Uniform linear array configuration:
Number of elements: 12
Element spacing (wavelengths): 0.75
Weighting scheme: kaiser
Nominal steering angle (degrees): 15
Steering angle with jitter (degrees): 14.606
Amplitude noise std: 0.05
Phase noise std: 0.05

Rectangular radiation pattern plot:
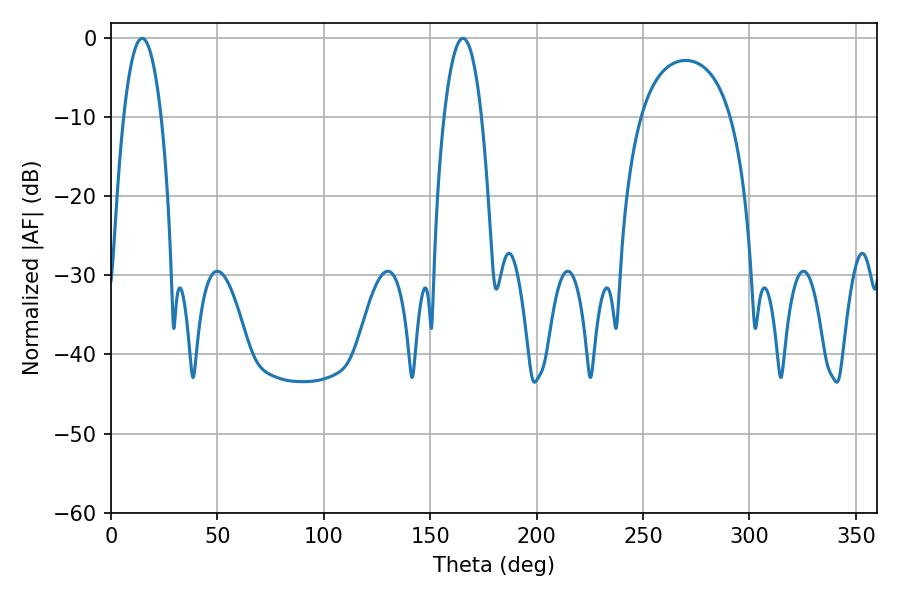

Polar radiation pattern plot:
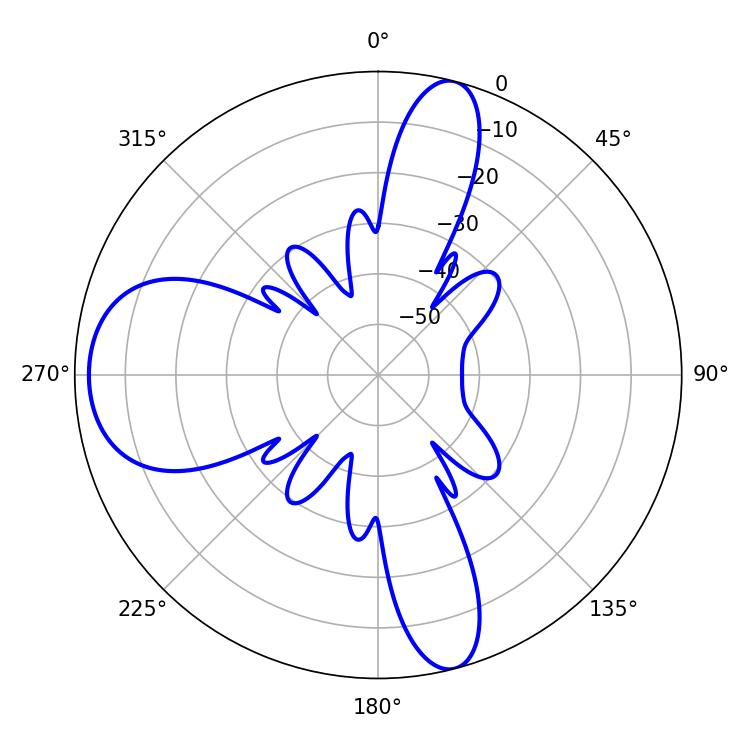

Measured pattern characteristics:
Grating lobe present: TRUE
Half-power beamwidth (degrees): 9.9
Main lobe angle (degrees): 14.58